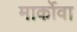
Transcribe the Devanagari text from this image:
मार्कोवा